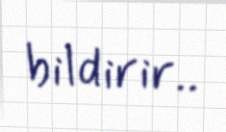
bildirir..